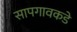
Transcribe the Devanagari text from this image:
सापगावकडे